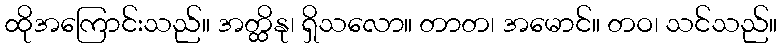
ထိုအကြောင်းသည်။ အတ္ထိနု၊ ရှိသလော။ တာတ၊ အမောင်။ တဝ၊ သင်သည်။